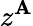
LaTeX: z^{\mathbf{A}}